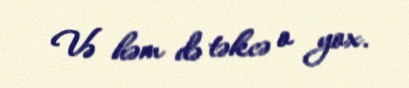
Və həm də təkcə o yox.